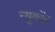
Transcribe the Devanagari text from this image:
न्युकोंब